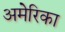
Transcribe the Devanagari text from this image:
अमेेेेरिका